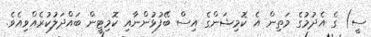
ސީ) ގެ އެދުމުގެ މަތިން އެ ކޮމިޝަންގެ އިސް ބޭފުޅުންނާއި ކޮމިޓީން ބައްދަލުކުރެއްވިއެވެ.